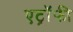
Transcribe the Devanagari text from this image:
एट्रॉफी